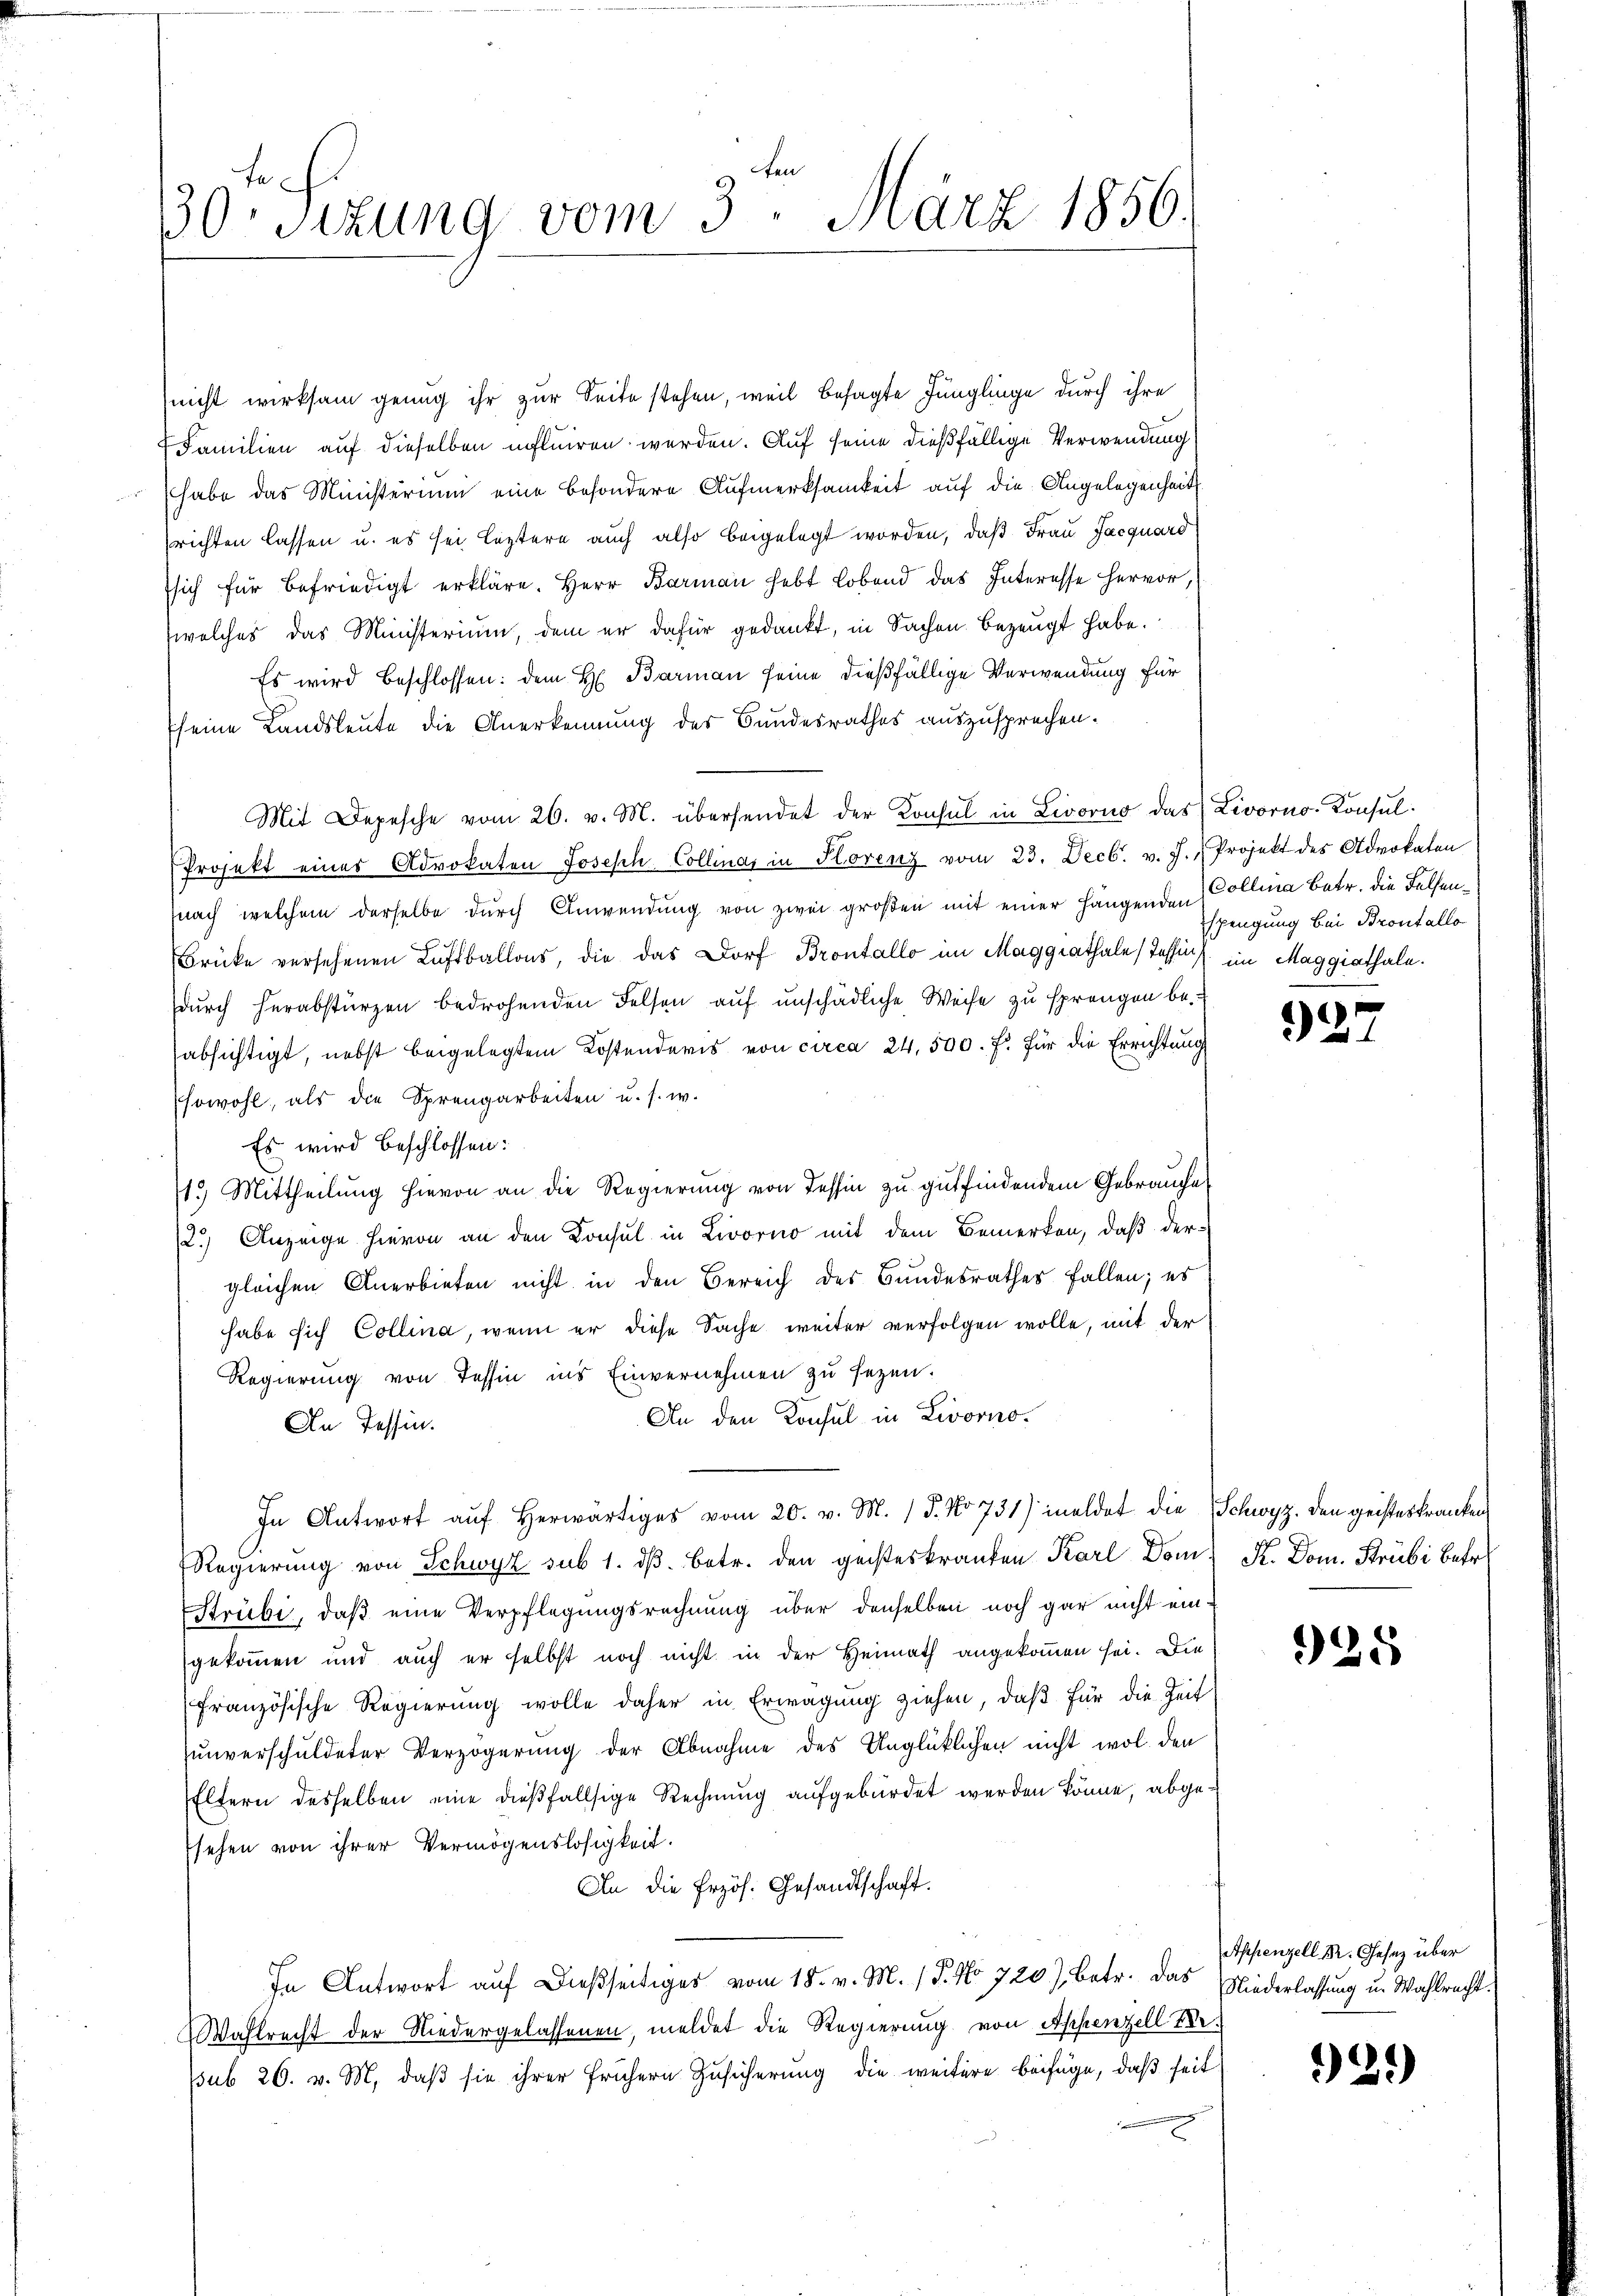
30t Sezung vom 3. März 1856.

nicht wirksam genug ihr zur Seite stehen, weil besagte Jünglinge durch ihre
Familien auf dieselben influiren werden. Auf seine dießfällige Verwendung
habe das Ministerium eine besondere Aufmerksamkeit auf die Angelegenheit
richten lassen u. es sei leztere auch also beigelegt worden, daß Frau Jacquard
ssich für befriedigt erkläre. Herr Barman hebt lobend das Interesse hervor,
(welches das Ministerium, dem er dafür gedankt, in Sachen bezeugt habe.
Es wird beschlossen: dem H. Barman seine dießfällige Verwendung für
seine Landsleute die Anerkennung des Bundesrathes auszusprechen.
Mit Depesche vom 26. v. M. übersendet der Konsul in Livorno das Livorno-Konsul¬
Projekt einer Advokaten Joseph Collina, in Horenz vom 23. Decbr. v. J. Projekt des Advokaten
nach welchem derselbe durch Anwendung von zwei großen mit einer hängenden Collina betr. die Felsen¬
Brücke versehenen Luftballons, die das Dorf Brontallo im Maggiathale (Tessin im Maggiathale.
durch herabstürzen bedrohenden Felsen auf unschädliche Weise zu sprengen be
sabsichtigt, nebst beigelegtem Kostenderis von circa 24. 500. f. für die Errichtung
sowohl, als die Sprengarbeiten u. s. w.
Es wird beschlossen:
13.) Mittheilung hievon an die Regierung von Tessin zu gutfindendem Gebrauche
2.) Anzeige hievon an den Konsul in Livorno mit dem Bemerken, daß dergleichen Anerbieten nicht in den Bereich des Bundesrathes fallen; es
habe sich Collina, wenn er diese Sache weiter verfolgen wolle, mit der
Regierung von Tessin ins Einvernehmen zu sezen.
An den Konsul in Livorno.
An Tessin.
In Antwort aŭf herwärtiges vom 20. v. M. / 5. No 731) meldet die Schwyz. Den geisteskranken,
Regierung von Schwyz sub 1. dβ betr. den geisteskranken Karl Dom. K. Dom. Krubi betr.
Strübi, daß eine Verpflegungsrechnung über denselben noch gar nicht eingekommen und auch er selbst noch nicht in der Heimath angekommen sei. Die
französische Regierung wolle daher in Erwägung ziehen, daß für die Zeit
unverschuldeter Verzögerung der Abnahme des Unglücklichen nicht wol den
Eltern desselben eine dießfallsige Rechnung aufgebürdet werden könne, abgesehen von ihrer Vermögenslosigkeit.
An die Erzös. Gesandtschaft.
In Antwort aŭf dießseitiges vom 18. v. M. (T. No 720), betr. das Niederlassung u. Wahlrecht.
Wahlrecht der Niedergelassenen, meldet die Regierung von Appenzell Bessub 26. v. M. daß sie ihrer frühern Zusicherung die weitere beifüge, daß seit

spengung bei Brontallo

927

925

Appenzell Dr. Gesetz über

92.)